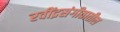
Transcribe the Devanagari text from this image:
रवींद्रसंगीतातील